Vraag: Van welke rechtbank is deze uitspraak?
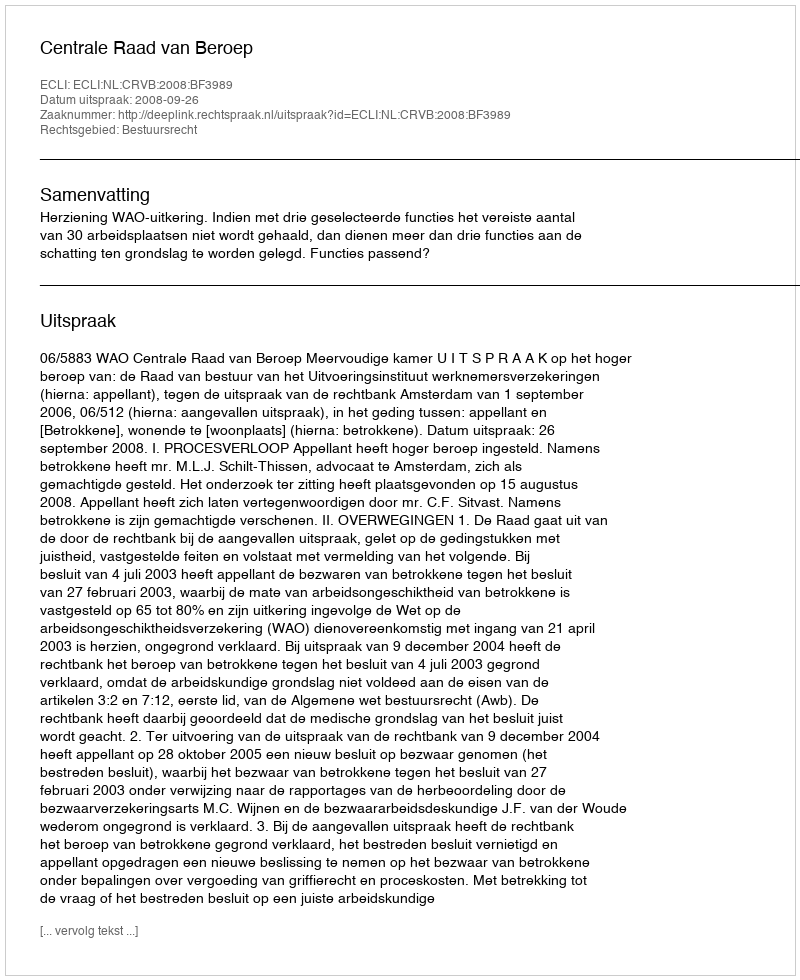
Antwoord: Centrale Raad van Beroep